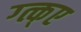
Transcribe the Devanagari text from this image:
ग्त्क्ए